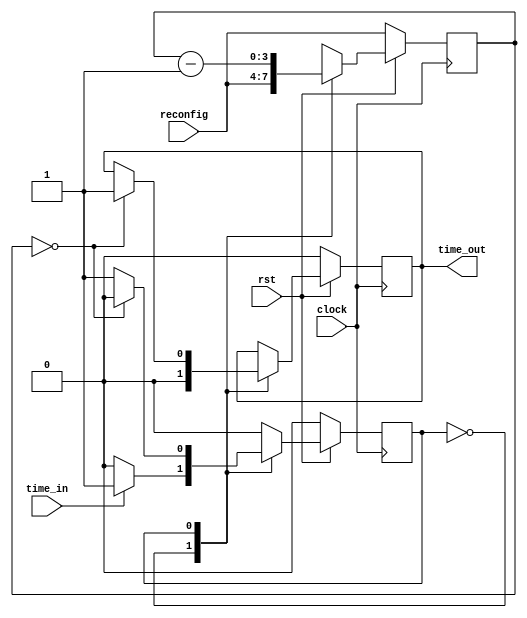
module reconfig_counter(clock,rst,reconfig,time_out,time_in);
 input time_in,clock,rst;
 input [3:0] reconfig;
 output  reg time_out;
 
 reg [3:0] count;
 reg[0:0] state;
 parameter INIT=0,begin_count=1;

always @(posedge clock)
begin
 if(rst==0)
 begin
  time_out<=0;
  count<=reconfig;
  state<=INIT;
 end
 else
 begin
 case(state)
  INIT:
  begin
  time_out<=0;
  count<=reconfig;
  if(time_in==1)
  begin
   state<=begin_count;
  end
  end
  begin_count:
  begin
   count<=count-4'b0001;
   if(count==0)
   begin
    time_out<=1;
    state<=INIT;
   end
  end
 endcase
 end
end
endmodule